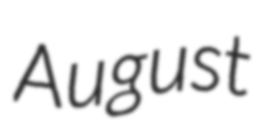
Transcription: August